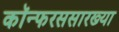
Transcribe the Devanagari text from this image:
कॉन्फरससारख्या